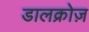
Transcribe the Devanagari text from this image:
डालक्रोज़